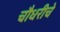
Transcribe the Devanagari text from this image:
चौधरीचे